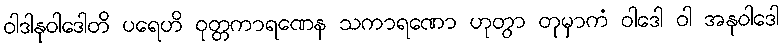
ဝါဒါနုဝါဒေါတိ ပရေဟိ ဝုတ္တကာရဏေန သကာရဏော ဟုတွာ တုမှာကံ ဝါဒေါ ဝါ အနုဝါဒေါ